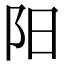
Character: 阳